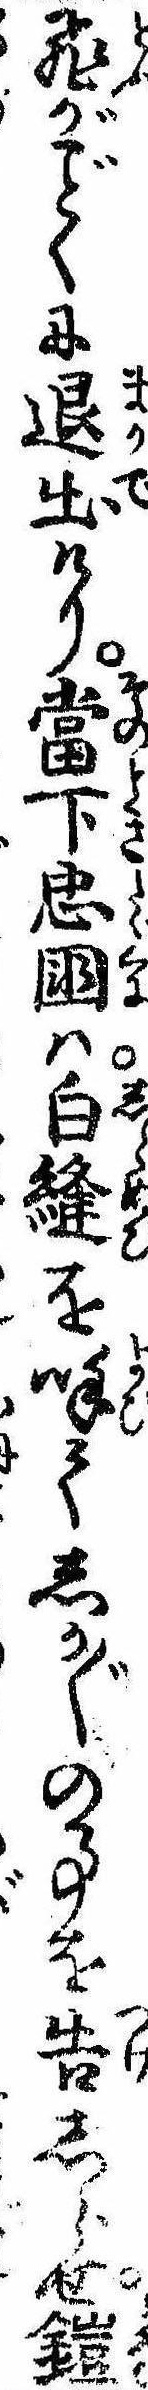
飛がくに退出けり当下忠国は白縫を呼てしか〲の事を告しらせ鎧